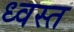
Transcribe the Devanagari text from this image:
ध्वस्‍त